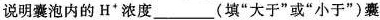
说明囊泡内的H^{+}浓度___(填”大于”或”小于”)囊